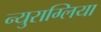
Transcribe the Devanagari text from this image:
न्युराग्लिया